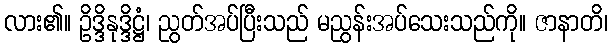
လား၏။ ဥိဒ္ဒိနုဒ္ဒိဋ္ဌံ၊ ညွတ်အပ်ပြီးသည် မညွန်းအပ်သေးသည်ကို။ ဇာနာတိ၊